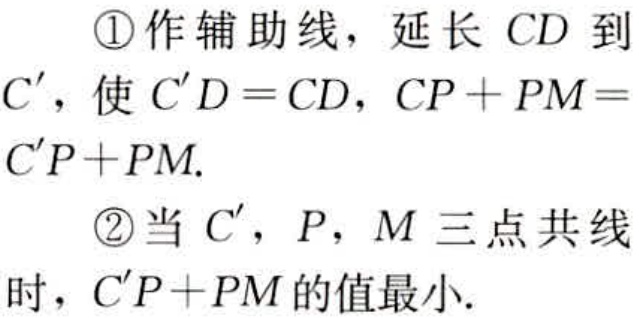
\textcircled{1}作辅助线，延长 \(CD\) 到 \(C'\)，使 \(C'D = CD\)，\(CP + PM = C'P+PM\).

\textcircled{2}当 \(C'\)，\(P\)，\(M\) 三点共线时，\(C'P + PM\) 的值最小.